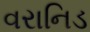
વરાનિડ